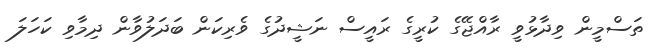
ތަސްމީން ވިދާޅުވީ ރާއްޖޭގެ ކުރީގެ ރައީސް ނަޝީދުގެ ވެރިކަން ބަދަލުވާން ދިމާވި ކަހަލަ